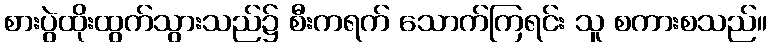
စားပွဲထိုးထွက်သွားသည်၌ စီးကရက် သောက်ကြရင်း သူ စကားစသည်။